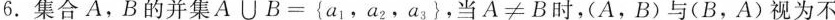
6.集合A，B的并集$$A ∪ B = { a _ { 1 } ，a _ { 2 } ，a _ { 3 } }$$，当$$A ≠ B $$时，(A，B)与(B，A)视为不